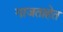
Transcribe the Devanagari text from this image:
गाजताहेत